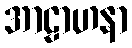
အာဠာဟနာ